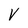
Character: v